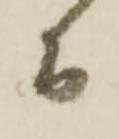
而